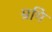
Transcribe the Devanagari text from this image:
म्रमि